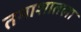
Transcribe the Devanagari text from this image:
तमाशातला